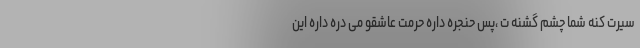
سیرت کنه شما چشم گشنه ت ،پَسِ حنجره داره حرمت عاشقو می دره داره این